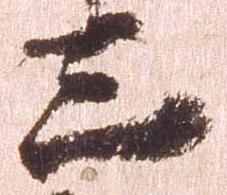
三